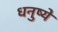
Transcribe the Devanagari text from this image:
धनुष्ये